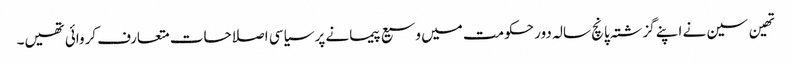
تھین سین نے اپنے گزشتہ پانچ سالہ دور حکومت میں وسیع پیمانے پر سیاسی اصلاحات متعارف کروائی تھیں۔